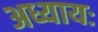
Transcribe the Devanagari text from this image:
अध्यायः